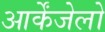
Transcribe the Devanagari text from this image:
आर्केंजेलो